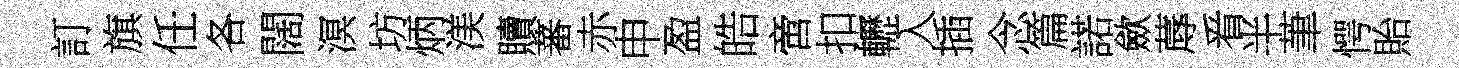
訂旗任各闊溟坊炳渼贖蕃赤申盈皓啻扣轣入插念篇諾歛蓐㸔半茟愕貽